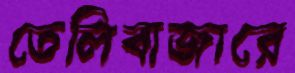
তেলিবাজারে